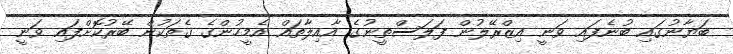
ބަޔާނުގައި ބުނެފައި ވަނީ އިޒްރޭލުން ފަލަސްތީނުގެ އާއިލާތައް އެމީހުންގެ ގެތަކުން ބޭރުކޮށްފައި ވަނީ